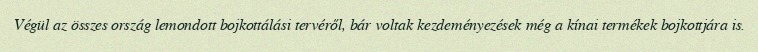
Végül az összes ország lemondott bojkottálási tervéről, bár voltak kezdeményezések még a kínai termékek bojkottjára is.